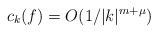
LaTeX: \begin{align*}c_k(f) = O(1/|k|^{m+\mu})\end{align*}